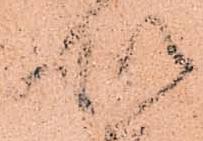
処